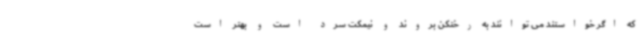
که اگر خواستند می توانند به رختکن بروند و نیمکت سرد است و بهتر است